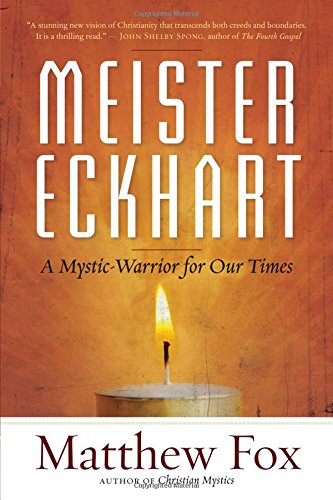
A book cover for Meister Eckhart: A Mystic-Warrior for Our Times; Matthew Fox; Christian Books & Bibles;